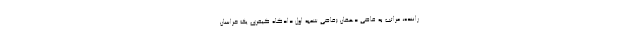
راننده، مراتب به قاضی دهقان (قاضی شعبه اول دادگاه کیفری یک خراسان